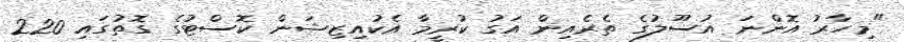
"މިހާރު އޮންނަ އުސޫލުގެ ތެރެއިން އަގު ކުރީމާ އެކުއިޒިޝަން ކޮސްޓުގެ ގޮތުގައި 220